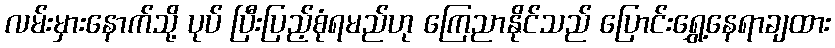
လမ်းမှားနောက်သို့ ပုပ် ပြီးပြည့်စုံရမည်ဟု ကြေညာနိုင်သည် ပြောင်းရွှေ့နေရာချထား